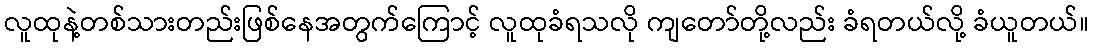
လူထုနဲ့တစ်သားတည်းဖြစ်နေအတွက်ကြောင့် လူထုခံရသလို ကျတော်တို့လည်း ခံရတယ်လို့ ခံယူတယ်။